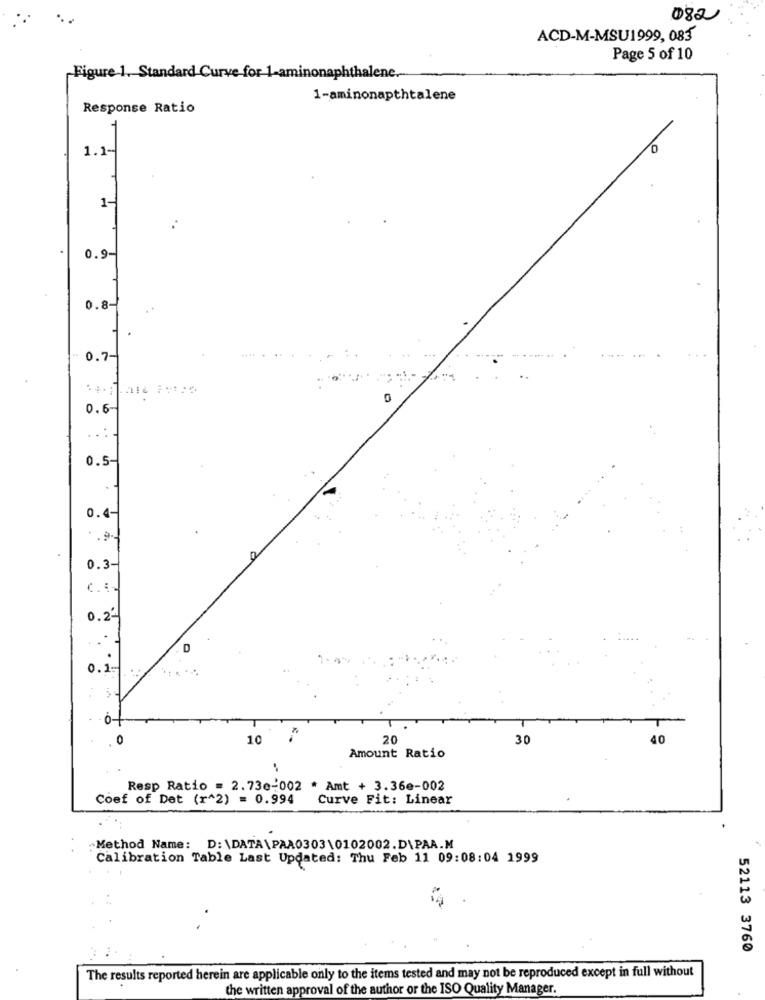
082
ACD-M-MSU1999, 083
Page 5 of 10
Figure 1. Standard Curve for 1-aminonaphthalene .-
1-aminonapthtalene
Response Ratio
0
1.1-
1-
0.9-
0.8-
0.7-
0.6-
0.5-
0.4-
0.3-
c ...
0.2
0.1-
0
10
20
30
40
Amount Ratio
Resp Ratio = 2.73e-002 * Amt + 3.36e-002
Coef of Det (r^2) = 0.994
Curve Fit: Linear
„Method Name: D:\DATA\PAA0303\0102002.D\PAA.M
Calibration Table Last Updated: Thu Feb 11 09:08:04 1999
52113 3760
The results reported herein are applicable only to the items tested and may not be reproduced except in full without
the written approval of the author or the ISO Quality Manager.